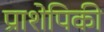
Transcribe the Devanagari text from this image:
प्राशेपिकी